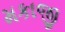
મકાજી